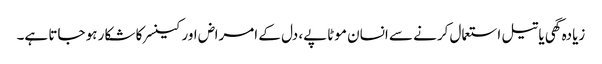
زیادہ گھی یا تیل استعمال کرنے سے انسان موٹاپے، دل کے امراض اور کینسر کا شکار ہو جاتا ہے۔